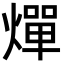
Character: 燀